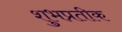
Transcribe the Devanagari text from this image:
शुभप्रतीक